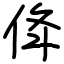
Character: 佭